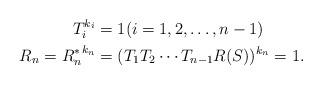
LaTeX: \begin{align*}T^{k_i}_i&=1(i=1,2,\ldots,n-1)\\R_n={R^*_n}^{k_n}&=(T_1 T_2 \cdots T_{n-1} R(S))^{k_n}=1.\end{align*}